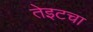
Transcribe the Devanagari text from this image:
तेइटचा